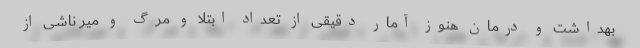
بهداشت و درمان هنوز آمار دقیقی از تعداد ابتلا و مرگ و میر ناشی از